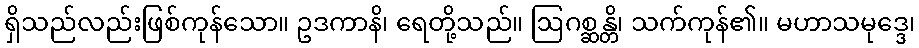
ရှိသည်လည်းဖြစ်ကုန်သော။ ဥဒကာနိ၊ ရေတို့သည်။ ဩဂစ္ဆန္တိ၊ သက်ကုန်၏။ မဟာသမုဒ္ဒေ၊